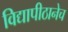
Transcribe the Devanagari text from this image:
विद्यापीठानेच